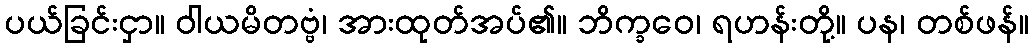
ပယ်ခြင်းငှာ။ ဝါယမိတဗ္ဗံ၊ အားထုတ်အပ်၏။ ဘိက္ခဝေ၊ ရဟန်းတို့။ ပန၊ တစ်ဖန်။